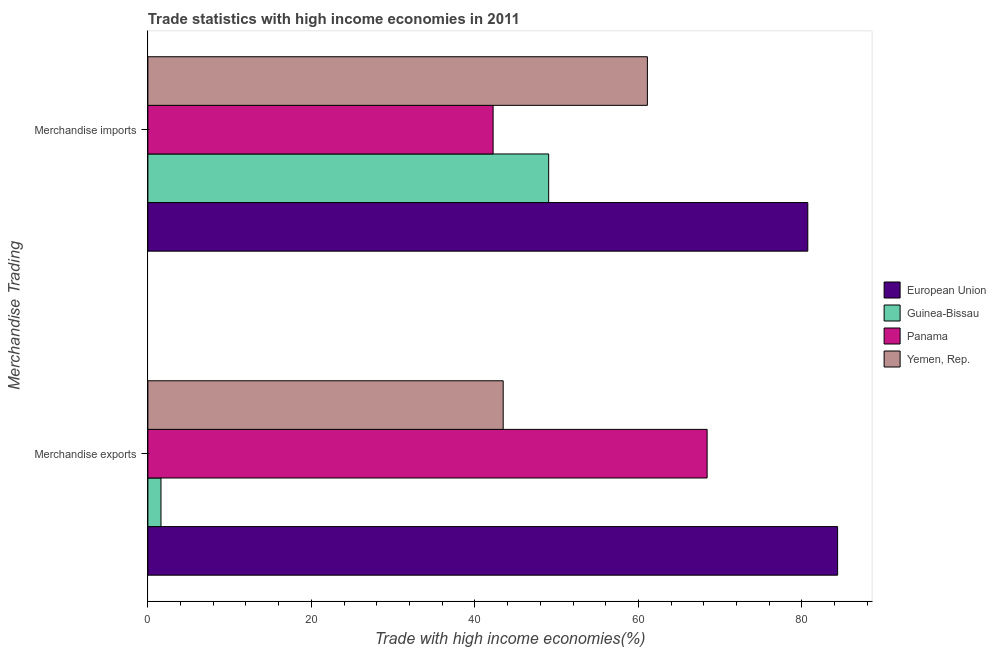
| Merchandise Trading | European Union | Guinea-Bissau | Panama | Yemen, Rep. |
 | --- | --- | --- | --- | --- |
 | Merchandise exports | 84.4 | 1.6 | 68.4 | 43.5 |
 | Merchandise imports | 80.7 | 49 | 42.2 | 61.1 |